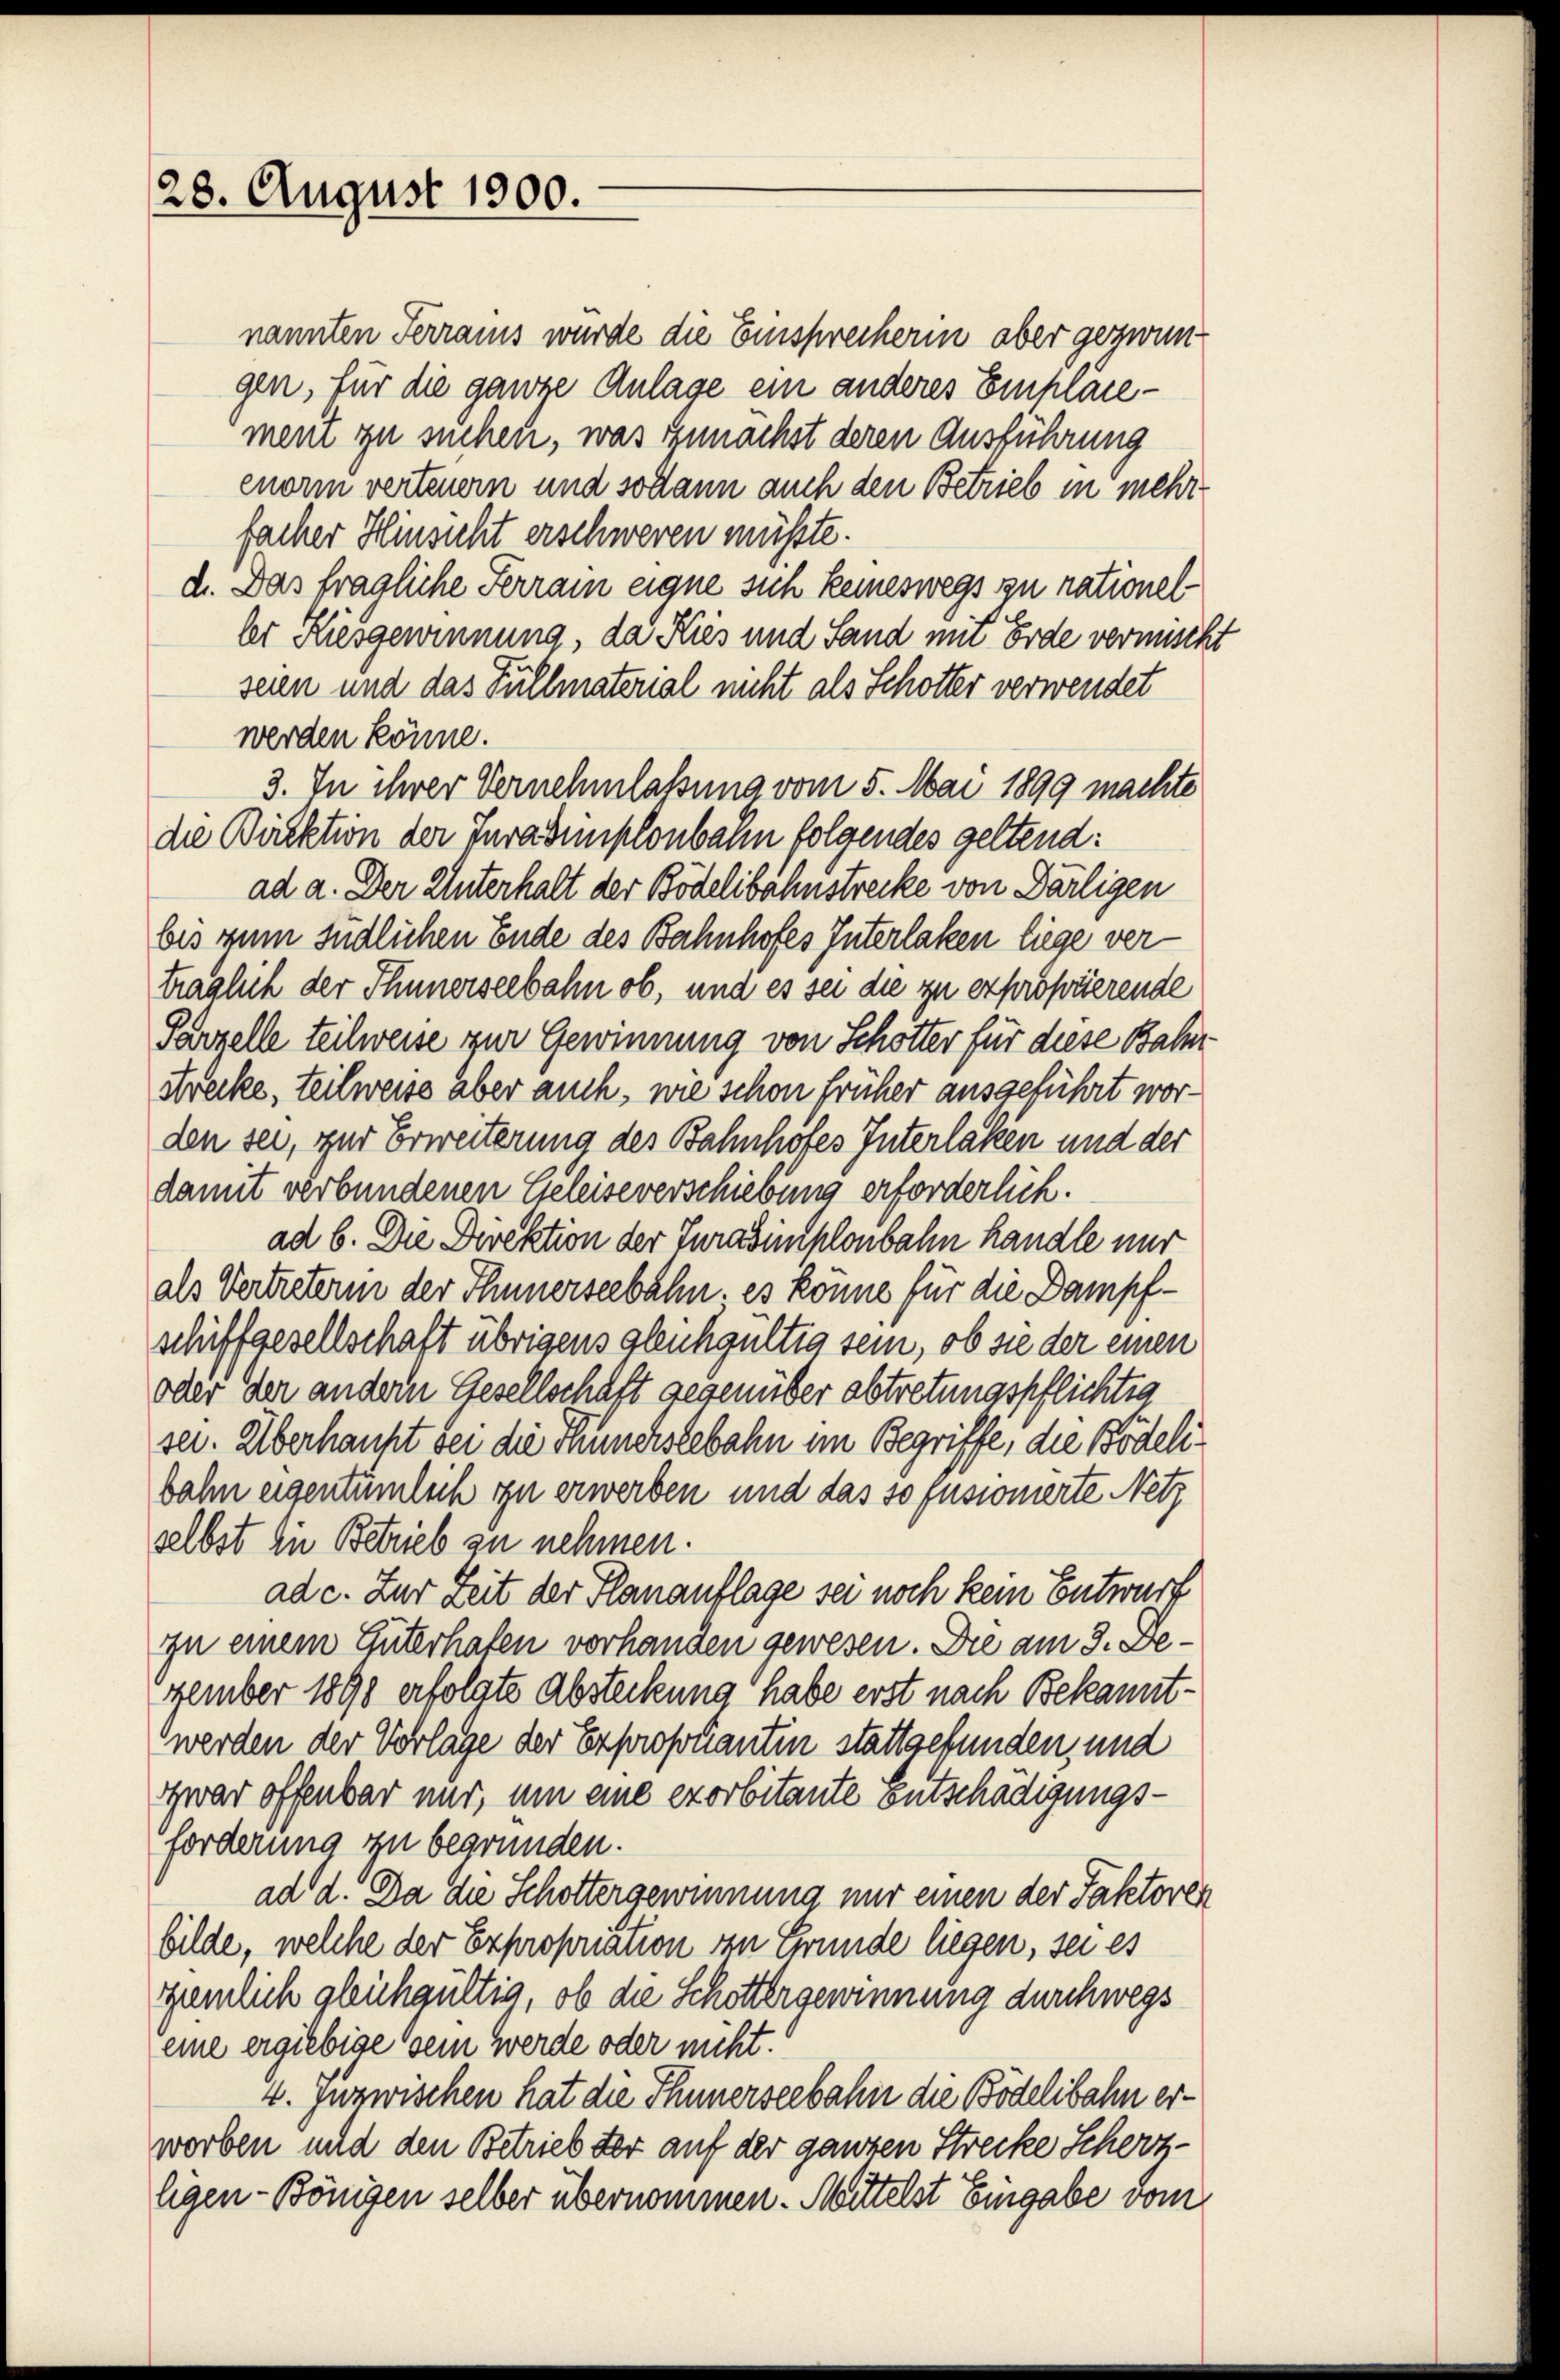
28. August 1900.

nannten Ferrains wurde die Einsprecherin aber gezwun
gen, für die ganze Anlage ein anderes Empläcement zu suchen, was zunächst deren Ausführung
enorm verteuern und sodann auch den Betrieb in mehr
facher Hinsicht erschweren müßte.
d. Das fragliche Ferrain eigne sich keineswegs zu rationel
ler Kiesgewinnung, da Kies und Sand mit Erde vermischt
seien und das Fullmaterial nicht als Schotter verwendet
werden könne.
3. In ihrer Vernehmlassung vom 5. Mai 1899 machte
die Böektion der Juradimplonbahn folgendes geltend:
ad a. Der Unterhalt der Bödelibahnstrecke von Darligen
bis zum südlichen Ende des Bahnhofes Interlaken liege verträglich der Thunerseebahn ob, und es sei die zu exproprierende
Parzelle teilweise zur Gewinnung von Schotter für diese Bahn
Krecke, teilweise aber auch, wie schon früher ausgeführt worden sei, zur Erweiterung des Bahnhöfes Interlaken und der
damit verbundenen Geleiseverschiebung erforderlich.
ad b. Die Direktion der Turasimplonbahn handle nur
als Vertreterin der Thunerseebahn. es könne für die Dampfschiffgesellschaft übrigens gleichgültig sein, ob sie der einen
oder der andern Gesellschaft gegenüber abtretungspflichtig
ser. Überhaupt sei die Thunerslebahn im Begriffe, die Bödelibahn eigentümlich zu erwerben und das so fusionierte Netz
selbst zu Betrieb zu nehmen.
ad c. Zur Zeit der Planauflage sei noch kein Entwurf
zu einem Güterhafen vorhanden gewesen. Die am 3. Dezember 1890 erfolgte Absteckung habe erst nach Bekanntwerden der Vorlage der Exproponianten stattgefunden, und
zwar offenbar mir, um eine exorbitante Entschädigungsforderung zu begründen.
ad d. Da die Schottergewinnung nur einen der Faktoren
bilde, welche der Exproponation von Grunde liegen, sei es
emlich gleichgültig, ob die Schottergewinnung durchwegs
eine ergiebige sein werde oder nicht.
4. Juzwischen hat die Thunerseebahn die Bödelibahn erworben und den Betrieb der auf der ganzen Strecke Scherzligen - Bönigen selber übernommen. Mittelst Eingabe dem